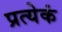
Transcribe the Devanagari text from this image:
प्रत्येकं